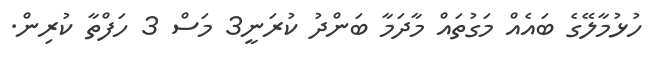
ހުޅުމާލޭގެ ބައެއް މަގުތައް މާދަމާ ބަންދު ކުރަނީ3 މަސް 3 ހަފްތާ ކުރިން.